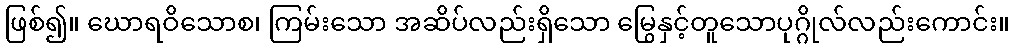
ဖြစ်၍။ ဃောရဝိသောစ၊ ကြမ်းသော အဆိပ်လည်းရှိသော မြွေနှင့်တူသောပုဂ္ဂိုလ်လည်းကောင်း။